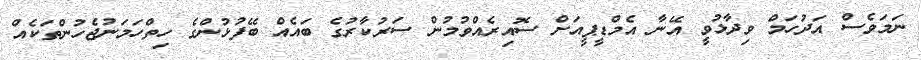
ނަމަވެސް އަދުހަމް ވިދާޅުވީ އޭނާ އެމްޑީޕީއަށް ސޮއިރެއްވުމުން ސަރުކާރުގެ ބައެއް ބޭފުޅުންގެ ހިތްހަމަނުޖެހުންތަކެއް